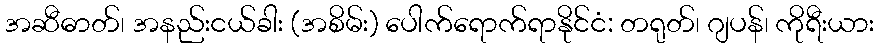
အဆီဓာတ်၊ အနည်းငယ်ခါး (အစိမ်း) ပေါက်ရောက်ရာနိုင်ငံ: တရုတ်၊ ဂျပန်၊ ကိုရီးယား